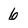
Character: 6